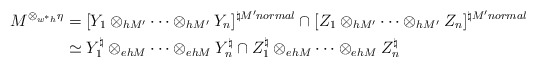
\begin{align*}M^{\otimes_{w^*h}\eta}&=[Y_1\otimes_{h M'}\cdots \otimes_{h M'} Y_n]^{\natural M' normal}\cap [Z_1\otimes_{h M'}\cdots \otimes_{h M'} Z_n]^{\natural M' normal}\\&\simeq Y_1^{\natural}\otimes_{eh M}\cdots \otimes_{eh M} Y_n^{\natural}\cap Z_1^{\natural}\otimes_{eh M}\cdots \otimes_{eh M} Z_n^{\natural}\end{align*}